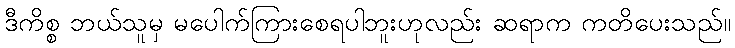
ဒီကိစ္စ ဘယ်သူမှ မပေါက်ကြားစေရပါဘူးဟုလည်း ဆရာက ကတိပေးသည်။